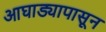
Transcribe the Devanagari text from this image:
आघाड्यापासून